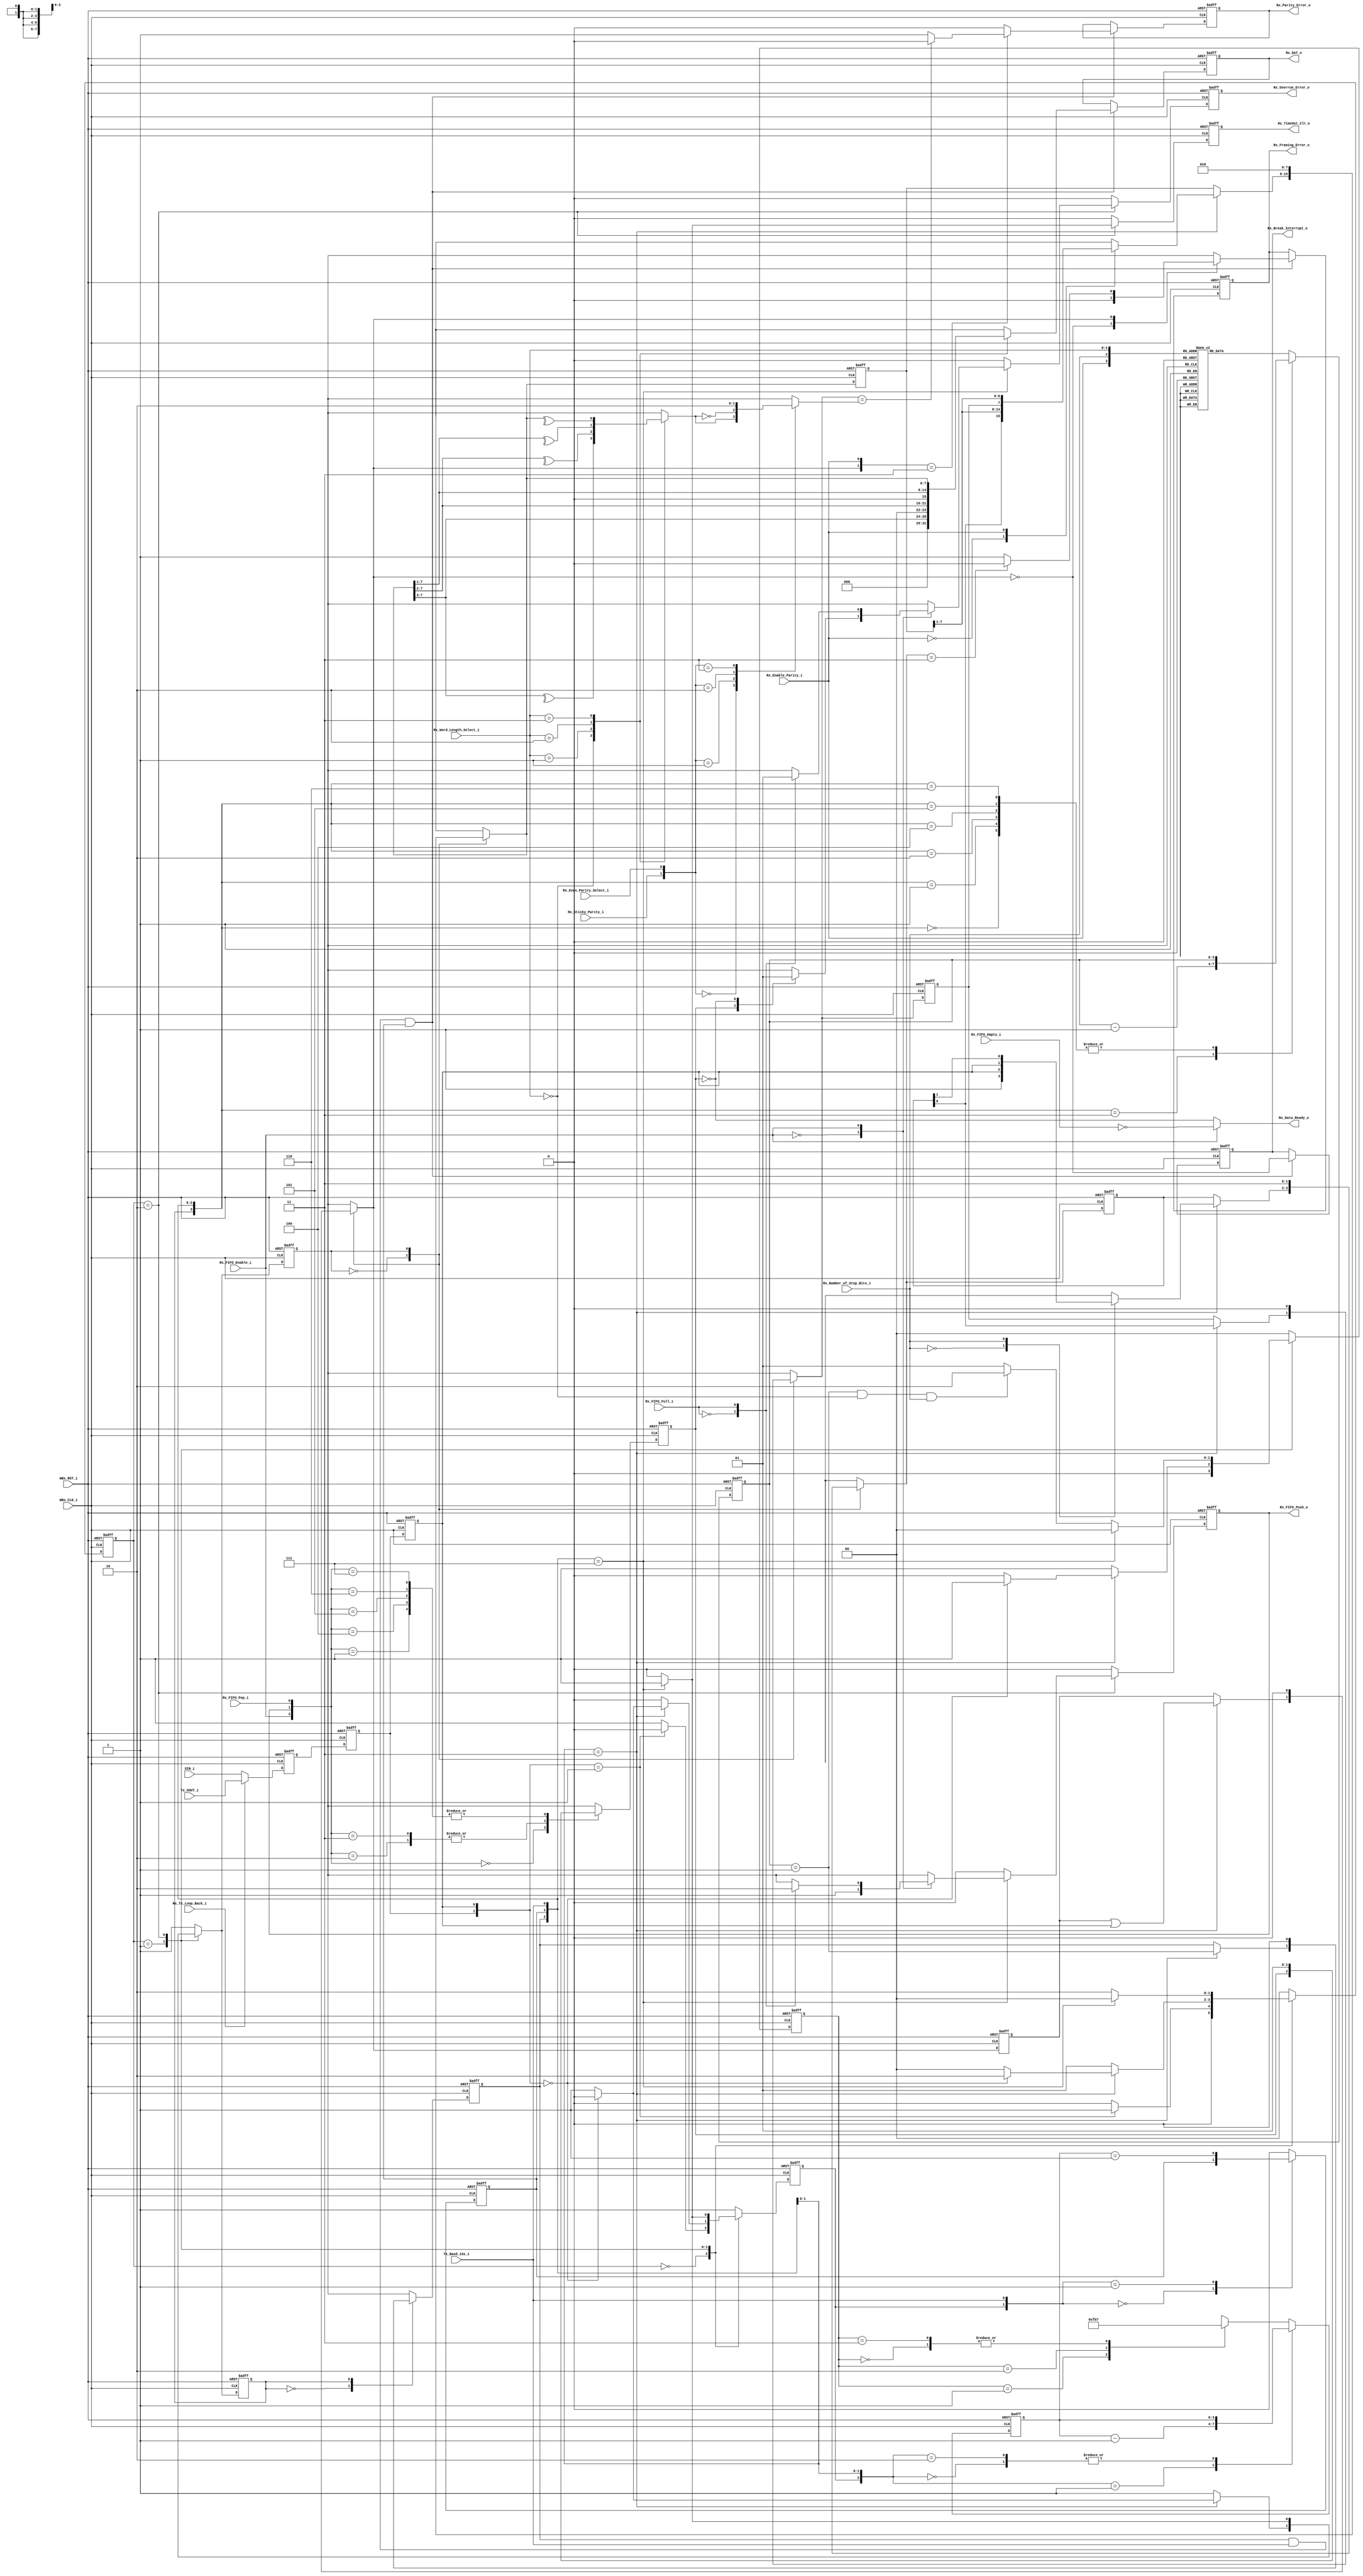
// -----------------------------------------------------------------------------
// title          : UART 16550 Rx Logic Module
// project        : Tamar2 Device
// -----------------------------------------------------------------------------
// company        : QuickLogic Corp
// last update    : 2016/02/22
// platform       : ArcticLink 4 S3B
// standard       : Verilog 2001
// -----------------------------------------------------------------------------
// description: The UART 16550 is designed for use in the fabric of the
//              AL4S3B. The only AL4S3B specific portion are the Rx and Tx
//              FIFOs. The remaining logic is a generic UART based on a single
//              clock network. There are no derived clocks as in some designs.
// -----------------------------------------------------------------------------
// copyright (c) 2016
// -----------------------------------------------------------------------------
// revisions  :
// date            version    author         description
// 2016/02/03      1.0        Glen Gomes     Initial Release
//
// -----------------------------------------------------------------------------
// Comments: This solution is specifically for use with the QuickLogic
//           AL4S3B device. 
// -----------------------------------------------------------------------------
//

`timescale 1ns / 10ps


module UART_16550_Rx_Logic( 


                            WBs_CLK_i,
                            WBs_RST_i,

                            SIN_i,

                            Rx_FIFO_Pop_i,
                            Rx_FIFO_Push_o,
                            Rx_DAT_o,

                            Rx_Data_Ready_o,

                            Rx_FIFO_Enable_i,

                            Rx_Parity_Error_o,
                            Rx_Framing_Error_o,
                            Rx_Break_Interrupt_o,
                            Rx_Overrun_Error_o,
				
				            Rx_FIFO_Empty_i,
				            Rx_FIFO_Full_i,

                            Rx_Word_Length_Select_i,
                            Rx_Number_of_Stop_Bits_i,
                            Rx_Enable_Parity_i,
                            Rx_Even_Parity_Select_i,
                            Rx_Sticky_Parity_i,

                            Rx_Tx_Loop_Back_i,

                            Tx_SOUT_i,
                            Tx_Baud_16x_i,

                            Rx_TimeOut_Clr_o

                            );


//------Port Parameters----------------
//

//
// None at this time
//

//------Port Signals-------------------
//

// Fabric Global Signals
//
input                       WBs_CLK_i;         // Wishbone Fabric Clock
input                       WBs_RST_i;         // Wishbone Fabric Reset


input                       SIN_i;


// Rx FIFO Signals
//
input                       Rx_FIFO_Pop_i;

output                      Rx_FIFO_Push_o;
output               [7:0]  Rx_DAT_o;

output                      Rx_Data_Ready_o;

input                       Rx_FIFO_Enable_i;

output                      Rx_Parity_Error_o;
output                      Rx_Framing_Error_o;
output                      Rx_Break_Interrupt_o;
output                      Rx_Overrun_Error_o;

input                       Rx_FIFO_Empty_i;
input                       Rx_FIFO_Full_i;

input                [1:0]  Rx_Word_Length_Select_i;
input                       Rx_Number_of_Stop_Bits_i;
input                       Rx_Enable_Parity_i;
input                       Rx_Even_Parity_Select_i;
input                       Rx_Sticky_Parity_i;

input                       Rx_Tx_Loop_Back_i;

input                       Tx_SOUT_i;
input                       Tx_Baud_16x_i;

output                      Rx_TimeOut_Clr_o;

// Fabric Global Signals
//
wire                        WBs_CLK_i;         // Wishbone Fabric Clock
wire                        WBs_RST_i;         // Wishbone Fabric Reset


// Serial Input Stream
//
wire                        SIN_i;
reg                         SIN_i_1ff;
reg                         SIN_i_2ff;
reg                         SIN_i_3ff;

// Rx FIFO Signals
//
wire                        Rx_FIFO_Pop_i;

reg                         Rx_FIFO_Push_o;
reg                         Rx_FIFO_Push_o_nxt;

wire                        Rx_Data_Ready_o;

reg                  [7:0]  Rx_DAT_o;               // Rx Holding Register
reg                  [7:0]  Rx_DAT_o_nxt;           // Rx Holding Register

wire                        Rx_FIFO_Enable_i;

reg                         Rx_Parity_Error_o;
reg                         Rx_Parity_Error_o_nxt;

reg                         Rx_Framing_Error_o;
reg                         Rx_Framing_Error_o_nxt;

reg                         Rx_Break_Interrupt_o;

reg                         Rx_Overrun_Error_o;
reg                         Rx_Overrun_Error_o_nxt;


// Count of FIFO contents
//
wire                        Rx_FIFO_Empty_i;
wire                        Rx_FIFO_Full_i;


// Rx Control Signals
//
wire                 [1:0]  Rx_Word_Length_Select_i;
wire                        Rx_Number_of_Stop_Bits_i;
wire                        Rx_Enable_Parity_i;
wire                        Rx_Even_Parity_Select_i;
wire                        Rx_Sticky_Parity_i;

wire                        Rx_Tx_Loop_Back_i;

wire                        Tx_SOUT_i;
wire                        Tx_Baud_16x_i;

reg                         Rx_TimeOut_Clr_o;
reg                         Rx_TimeOut_Clr_o_nxt;


//------Define Parameters--------------
//

parameter                   RX_STATE_WIDTH     = 2;

parameter                   RX_STATE_IDLE      = 0;
parameter                   RX_STATE_START     = 1;
parameter                   RX_STATE_TRANSFER  = 2;


//------Internal Signals---------------
//

reg                  [3:0]  Rx_Bit_Time_cntr;
reg                  [3:0]  Rx_Bit_Time_cntr_nxt;

reg                         Rx_Bit_Time_cntr_tc;
reg                         Rx_Bit_Time_cntr_tc_nxt;

reg                         Rx_Bit_Time_cntr_ld;
reg                         Rx_Bit_Time_cntr_ld_nxt;

reg                  [1:0]  Rx_Bit_Time_cntr_sel;
reg                  [1:0]  Rx_Bit_Time_cntr_sel_nxt;

reg                  [3:0]  Rx_Xfr_Length_cntr;
reg                  [3:0]  Rx_Xfr_Length_cntr_nxt;

reg                         Rx_Xfr_Length_cntr_tc;
reg                         Rx_Xfr_Length_cntr_tc_nxt;

reg                         Rx_Xfr_Length_cntr_ld;
reg                         Rx_Xfr_Length_cntr_ld_nxt;

reg                         Rx_Shift_Reg_ld;
reg                         Rx_Shift_Reg_ld_nxt;

reg                         Rx_Parity_Odd;
reg                         Rx_Parity;

reg   [RX_STATE_WIDTH-1:0]  Rx_State;
reg   [RX_STATE_WIDTH-1:0]  Rx_State_nxt;

reg                         Rx_Holding_Reg_Empty;
reg                         Rx_Holding_Reg_Empty_nxt;

reg                         Rx_Break_Detect_N;
reg                         Rx_Break_Detect_N_nxt;

reg                  [7:0]  Rx_Shift_Dat;
reg                  [7:0]  Rx_Shift_Dat_nxt;

reg                         Rx_Shift_Parity;
reg                         Rx_Shift_Parity_nxt;

reg                  [1:0]  Rx_Shift_Stop;
reg                  [1:0]  Rx_Shift_Stop_nxt;


//------Logic Operations---------------
//

// Choose between the external Rx and the internal Tx output
//
assign Rx_SIN = Rx_Tx_Loop_Back_i ? Tx_SOUT_i : SIN_i;


// Define the Fabric's Local Registers
//

always @( posedge WBs_CLK_i or posedge WBs_RST_i)
begin
    if (WBs_RST_i)
    begin

        Rx_FIFO_Push_o           <=  1'b0;

        Rx_State                 <= RX_STATE_IDLE;

        Rx_Bit_Time_cntr         <=  4'h0;
        Rx_Bit_Time_cntr_tc      <=  1'b1;
        Rx_Bit_Time_cntr_ld      <=  1'b1;
        Rx_Bit_Time_cntr_sel     <=  2'h0;

		Rx_Xfr_Length_cntr       <=  4'h0;
		Rx_Xfr_Length_cntr_tc    <=  1'b0;
		Rx_Xfr_Length_cntr_ld    <=  1'b0;

        SIN_i_1ff                <=  1'b0;
        SIN_i_2ff                <=  1'b0;
        SIN_i_3ff                <=  1'b0;

        Rx_DAT_o                 <=  8'h0;
        Rx_Holding_Reg_Empty     <=  1'b1;

        Rx_Shift_Reg_ld          <=  1'b1;

        Rx_Shift_Dat             <=  8'h0;
        Rx_Shift_Parity          <=  1'b0;
        Rx_Shift_Stop            <=  2'h0;

        Rx_Parity_Error_o        <=  1'b0;
        Rx_Framing_Error_o       <=  1'b0;
        Rx_Break_Interrupt_o     <=  1'b0;
        Rx_Overrun_Error_o       <=  1'b0;

        Rx_Break_Detect_N        <=  1'b0;

        Rx_TimeOut_Clr_o         <=  1'b0;

    end  
    else
    begin

        Rx_FIFO_Push_o           <=  Rx_FIFO_Push_o_nxt         ;

        Rx_State                 <=  Rx_State_nxt               ;

        Rx_Bit_Time_cntr         <=  Rx_Bit_Time_cntr_nxt       ;
        Rx_Bit_Time_cntr_tc      <=  Rx_Bit_Time_cntr_tc_nxt    ;
        Rx_Bit_Time_cntr_ld      <=  Rx_Bit_Time_cntr_ld_nxt    ;
        Rx_Bit_Time_cntr_sel     <=  Rx_Bit_Time_cntr_sel_nxt   ;

		Rx_Xfr_Length_cntr       <=  Rx_Xfr_Length_cntr_nxt     ;
		Rx_Xfr_Length_cntr_tc    <=  Rx_Xfr_Length_cntr_tc_nxt  ;
		Rx_Xfr_Length_cntr_ld    <=  Rx_Xfr_Length_cntr_ld_nxt  ;

        SIN_i_1ff                <=  Rx_SIN                     ;
        SIN_i_2ff                <=  SIN_i_1ff                  ;
        SIN_i_3ff                <=  SIN_i_2ff                  ;

        if ( Rx_Xfr_Length_cntr_tc && Tx_Baud_16x_i && Rx_Bit_Time_cntr_tc )
        begin
            Rx_DAT_o             <=  Rx_DAT_o_nxt               ;
            Rx_Parity_Error_o    <=  Rx_Parity_Error_o_nxt      ;
            Rx_Framing_Error_o   <=  Rx_Framing_Error_o_nxt     ;
            Rx_Break_Interrupt_o <= ~Rx_Break_Detect_N_nxt      ;
        end

        Rx_Overrun_Error_o       <=  Rx_Overrun_Error_o_nxt     ;

        Rx_Holding_Reg_Empty     <=  Rx_Holding_Reg_Empty_nxt   ;

        Rx_Break_Detect_N        <=  Rx_Break_Detect_N_nxt      ;

        Rx_Shift_Reg_ld          <=  Rx_Shift_Reg_ld_nxt        ;

        Rx_Shift_Dat             <=  Rx_Shift_Dat_nxt           ;
        Rx_Shift_Parity          <=  Rx_Shift_Parity_nxt        ;
        Rx_Shift_Stop            <=  Rx_Shift_Stop_nxt          ;

        Rx_TimeOut_Clr_o         <=  Rx_TimeOut_Clr_o_nxt       ;
    end  
end


// Select the Empty Flag to use
//
// Note: For FIFO operations, the FIFO Empty Flag is used. This is subject to flushing.
//       For non-FIFO operations, the Holding Register is tracked. It is not
//       subject to FIFO Flushing operations.
//
assign Rx_Data_Ready_o = Rx_FIFO_Enable_i ? ~Rx_FIFO_Empty_i : ~Rx_Holding_Reg_Empty;


// Determine the state of the Rx Holding Register
//
always @( Rx_FIFO_Push_o         or
          Rx_FIFO_Pop_i          or
          Rx_FIFO_Enable_i       or
		  Rx_Holding_Reg_Empty   or
		  Rx_FIFO_Empty_i
        )
begin
    case(  {Rx_FIFO_Enable_i, Rx_FIFO_Push_o, Rx_FIFO_Pop_i})
    3'b000: Rx_Holding_Reg_Empty_nxt <= Rx_Holding_Reg_Empty ;
    3'b001: Rx_Holding_Reg_Empty_nxt <= 1'b1                 ;
    3'b010: Rx_Holding_Reg_Empty_nxt <= 1'b0                 ;
    3'b011: Rx_Holding_Reg_Empty_nxt <= 1'b0                 ;
    3'b100: Rx_Holding_Reg_Empty_nxt <= 1'b1                 ;
    3'b101: Rx_Holding_Reg_Empty_nxt <= 1'b1                 ;
    3'b110: Rx_Holding_Reg_Empty_nxt <= 1'b1                 ;
    3'b111: Rx_Holding_Reg_Empty_nxt <= 1'b1                 ;
    endcase
end


// Determine the Bit Time Counter
//
// Note: This counter determines the length of time for each bit in the serial 
//       stream. This is done by counting number of Baud_16x periods.
//
//       Start  - 16 Baud_16x periods
//       Data   - 16 Baud_16x periods per bit
//       Parity - 16 Baud_16x periods        
//       Stop   - 16 Baud_16x periods per bit  
//
always @(Rx_Bit_Time_cntr        or
         Rx_Bit_Time_cntr_tc     or
         Rx_Bit_Time_cntr_ld     or
         Rx_Bit_Time_cntr_sel    or
         Tx_Baud_16x_i         
         )
begin
    case(  { Rx_Bit_Time_cntr_ld,     Rx_Bit_Time_cntr_tc, Tx_Baud_16x_i} )
    3'b000:  Rx_Bit_Time_cntr_nxt <=  Rx_Bit_Time_cntr       ; // Hold
    3'b001:  Rx_Bit_Time_cntr_nxt <=  Rx_Bit_Time_cntr - 1'b1; // Count down until the terminal count
    3'b010:  Rx_Bit_Time_cntr_nxt <=  Rx_Bit_Time_cntr       ; // Hold
    default: 
    begin
        case(  Rx_Bit_Time_cntr_sel )
        2'h0: Rx_Bit_Time_cntr_nxt <=  4'h7                   ; // Load on the terminal count - Sync to Start
        2'h1: Rx_Bit_Time_cntr_nxt <=  4'hF                   ; // Load on the terminal count - Full Bit Time
        2'h2: Rx_Bit_Time_cntr_nxt <=  4'hB                   ; // Load on the terminal count - 0.75  Bit Time (Support for 1.5 Stop Bits)
        2'h3: Rx_Bit_Time_cntr_nxt <=  4'h7                   ; // Load on the terminal count - Sync to Start
        endcase
    end
    endcase
end


// Determine the Bit Time counter's terminal count
//
always @(Rx_Bit_Time_cntr        or
         Rx_Bit_Time_cntr_tc     or
         Rx_Bit_Time_cntr_ld     or
         Tx_Baud_16x_i
         )
begin
    case(   {Rx_Bit_Time_cntr_ld,        Tx_Baud_16x_i} )
    2'b00:   Rx_Bit_Time_cntr_tc_nxt <=  Rx_Bit_Time_cntr_tc        ; // Hold
    2'b01:   Rx_Bit_Time_cntr_tc_nxt <= (Rx_Bit_Time_cntr ==  4'h1) ; // Check count down for terminal count
    default: Rx_Bit_Time_cntr_tc_nxt <=  1'b0                       ; // The terminal count is "0" during loads
    endcase
end


// Determine the Transfer Length Counter
//
// Note: This counter counts the number of bits that will be transferred in 
//       the serial stream.
//
//  Rx_Word_Length_Select_i[1:0]   Rx_Number_of_Stop_Bits_i;
//              ANY                          1'b0 : 1
//          2'b00 : 5 bits                   1'b1 : 1.5
//          2'b01 : 6 bits                   1'b1 : 2
//          2'b10 : 7 bits                   1'b1 : 2
//          2'b11 : 8 bits                   1'b1 : 2
//

always @(Rx_Xfr_Length_cntr         or
         Rx_Xfr_Length_cntr_tc      or
         Rx_Xfr_Length_cntr_ld      or

         Tx_Baud_16x_i              or
         Rx_Bit_Time_cntr_tc        or

         Rx_Enable_Parity_i         or
		 Rx_Number_of_Stop_Bits_i   or
		 Rx_Word_Length_Select_i
         )
begin
    case(       {Rx_Xfr_Length_cntr_ld,     Rx_Xfr_Length_cntr_tc, Rx_Bit_Time_cntr_tc, Tx_Baud_16x_i} )
    4'b0000:     Rx_Xfr_Length_cntr_nxt <=  Rx_Xfr_Length_cntr        ; // Hold
    4'b0001:     Rx_Xfr_Length_cntr_nxt <=  Rx_Xfr_Length_cntr        ; // Hold
    4'b0010:     Rx_Xfr_Length_cntr_nxt <=  Rx_Xfr_Length_cntr        ; // Hold
    4'b0011:     Rx_Xfr_Length_cntr_nxt <=  Rx_Xfr_Length_cntr - 1'b1 ; // Count down until the terminal count
    4'b0100:     Rx_Xfr_Length_cntr_nxt <=  Rx_Xfr_Length_cntr        ; // Hold
    4'b0101:     Rx_Xfr_Length_cntr_nxt <=  Rx_Xfr_Length_cntr        ; // Hold
    4'b0110:     Rx_Xfr_Length_cntr_nxt <=  Rx_Xfr_Length_cntr        ; // Hold
    default:
    begin
        case (  {Rx_Enable_Parity_i,  Rx_Number_of_Stop_Bits_i, Rx_Word_Length_Select_i})
        4'b0000: Rx_Xfr_Length_cntr_nxt <=  4'h5                      ; // Start, 5 bits,         Stop bits -> 1
        4'b0001: Rx_Xfr_Length_cntr_nxt <=  4'h6                      ; // Start, 6 bits,         Stop bits -> 1
        4'b0010: Rx_Xfr_Length_cntr_nxt <=  4'h7                      ; // Start, 7 bits,         Stop bits -> 1
        4'b0011: Rx_Xfr_Length_cntr_nxt <=  4'h8                      ; // Start, 8 bits,         Stop bits -> 1

        4'b0100: Rx_Xfr_Length_cntr_nxt <=  4'h6                      ; // Start, 5 bits,         Stop bits -> 2 (Allowed)
        4'b0101: Rx_Xfr_Length_cntr_nxt <=  4'h7                      ; // Start, 6 bits,         Stop bits -> 2
        4'b0110: Rx_Xfr_Length_cntr_nxt <=  4'h8                      ; // Start, 7 bits,         Stop bits -> 2
        4'b0111: Rx_Xfr_Length_cntr_nxt <=  4'h9                      ; // Start, 8 bits,         Stop bits -> 2

        4'b1000: Rx_Xfr_Length_cntr_nxt <=  4'h6                      ; // Start, 5 bits, Parity  Stop bits -> 1
        4'b1001: Rx_Xfr_Length_cntr_nxt <=  4'h7                      ; // Start, 6 bits, Parity  Stop bits -> 1
        4'b1010: Rx_Xfr_Length_cntr_nxt <=  4'h8                      ; // Start, 7 bits, Parity  Stop bits -> 1
        4'b1011: Rx_Xfr_Length_cntr_nxt <=  4'h9                      ; // Start, 8 bits, Parity  Stop bits -> 1

        4'b1100: Rx_Xfr_Length_cntr_nxt <=  4'h7                      ; // Start, 5 bits, Parity, Stop bits -> 2 (Allowed)
        4'b1101: Rx_Xfr_Length_cntr_nxt <=  4'h8                      ; // Start, 6 bits, Parity, Stop bits -> 2
        4'b1110: Rx_Xfr_Length_cntr_nxt <=  4'h9                      ; // Start, 7 bits, Parity, Stop bits -> 2
        4'b1111: Rx_Xfr_Length_cntr_nxt <=  4'hA                      ; // Start, 8 bits, Parity, Stop bits -> 2
        endcase
    end
    endcase
end


// Determine the Transfer Length counter's terminal count
//
always @(Rx_Xfr_Length_cntr        or
         Rx_Xfr_Length_cntr_tc     or
         Rx_Xfr_Length_cntr_ld     or

         Tx_Baud_16x_i             or
         Rx_Bit_Time_cntr_tc
         )
begin
    case( Rx_Xfr_Length_cntr_ld) 
	1'b0:
    begin
        case(  { Rx_Bit_Time_cntr_tc,          Tx_Baud_16x_i } )
        2'b11:   Rx_Xfr_Length_cntr_tc_nxt <= (Rx_Xfr_Length_cntr ==  4'h1) ; // Check count down for terminal count
        default: Rx_Xfr_Length_cntr_tc_nxt <=  Rx_Xfr_Length_cntr_tc        ; // Hold
        endcase
     end
    1'b1:        Rx_Xfr_Length_cntr_tc_nxt <=  1'b0                         ; // The terminal count is "0" during loads
    endcase
end


// Shift input serial data bit into the Rx Data Shift Register
//
//
always @(Rx_Shift_Reg_ld          or
		 Rx_Shift_Dat             or

         Tx_Baud_16x_i            or
         Rx_Bit_Time_cntr_tc      or

         Rx_Shift_Parity          or
         Rx_Shift_Stop            or

         Rx_Enable_Parity_i
         )
begin

    case( Rx_Shift_Reg_ld ) 
    1'b0:
    begin
        case (   { Rx_Bit_Time_cntr_tc,  Tx_Baud_16x_i } )
        2'b11:                                                                  // Shift to LSB
        begin
            case ( Rx_Enable_Parity_i)
            1'b0:  Rx_Shift_Dat_nxt <= { Rx_Shift_Stop[0], Rx_Shift_Dat[7:1] };
            1'b1:  Rx_Shift_Dat_nxt <= { Rx_Shift_Parity , Rx_Shift_Dat[7:1] };
            endcase
        end
        default:   Rx_Shift_Dat_nxt <=   Rx_Shift_Dat                         ; // Hold
        endcase
	end
    1'b1:          Rx_Shift_Dat_nxt <=   8'h0                                 ; // Clear
    endcase
end


// Determine Rx Holding Register Value
//
// Note: The bits used for the output data will vary due to data field length
//
always @(Rx_Word_Length_Select_i or
         Rx_Shift_Dat_nxt
        )
begin
    case (Rx_Word_Length_Select_i)
    2'b00: Rx_DAT_o_nxt <= {3'h0, Rx_Shift_Dat_nxt[7:3]};
    2'b01: Rx_DAT_o_nxt <= {2'h0, Rx_Shift_Dat_nxt[7:2]};
    2'b10: Rx_DAT_o_nxt <= {1'b0, Rx_Shift_Dat_nxt[7:1]};
    2'b11: Rx_DAT_o_nxt <=        Rx_Shift_Dat_nxt[7:0] ;
    endcase
end


// Shift input serial data bit into the Rx Parity Bit Shift Register
//
// Note: When Parity is disabled, the Parity bit is not used for shift operations.
// 
always @(Rx_Shift_Reg_ld          or
		 Rx_Shift_Parity          or

         Tx_Baud_16x_i            or
         Rx_Bit_Time_cntr_tc      or

         Rx_Shift_Stop
         )
begin

    case( Rx_Shift_Reg_ld )
    1'b0:
    begin
        case(  { Rx_Bit_Time_cntr_tc,    Tx_Baud_16x_i} )
        2'b11:   Rx_Shift_Parity_nxt <=  Rx_Shift_Stop[0] ; // Start, 5 bits, Parity  Stop bits -> 1
        default: Rx_Shift_Parity_nxt <=  Rx_Shift_Parity  ; // Hold
        endcase
    end
    1'b1:        Rx_Shift_Parity_nxt <=  1'b0             ; // Clear
    endcase
end


// Determine the Expected Odd Parity
//
// Note: The bits used for the parity calculation will vary due to data field length
//
always @(Rx_Shift_Dat_nxt         or
         Rx_Word_Length_Select_i
         )
begin

    case(  Rx_Word_Length_Select_i )
    2'b00: Rx_Parity_Odd <=  ^Rx_Shift_Dat_nxt[7:3];
    2'b01: Rx_Parity_Odd <=  ^Rx_Shift_Dat_nxt[7:2];
    2'b10: Rx_Parity_Odd <=  ^Rx_Shift_Dat_nxt[7:1];
    2'b11: Rx_Parity_Odd <=  ^Rx_Shift_Dat_nxt[7:0];
    endcase

end


// Determine the Final Expected Parity
//
//        Rx_Sticky_Parity_i Rx_Even_Parity_Select_i  Rx_Enable_Parity_i
//
//              X                    X                     0                 No    Parity
//              0                    0                     1                 Odd   Parity
//              0                    1                     1                 Even  Parity
//              1                    0                     1                 Force Parity "1"
//              1                    1                     1                 Force Parity "0"
//
// Note: The Parity bit below is not used for "No Parity" operations
//
always @( Rx_Even_Parity_Select_i or
          Rx_Sticky_Parity_i      or
          Rx_Parity_Odd
         )
begin
    case({Rx_Sticky_Parity_i, Rx_Even_Parity_Select_i})
    2'b00: Rx_Parity <=  Rx_Parity_Odd ;
    2'b01: Rx_Parity <= ~Rx_Parity_Odd ;
    2'b10: Rx_Parity <=  1'b1          ;
    2'b11: Rx_Parity <=  1'b0          ;
    endcase
end


// Determine if there is a Parity Error
//
always @(Rx_Shift_Parity_nxt       or
         Rx_Enable_Parity_i        or
	     Rx_Break_Detect_N_nxt     or
         Rx_Parity
         )
begin
    case( {Rx_Break_Detect_N_nxt, Rx_Enable_Parity_i})
    2'b11:    Rx_Parity_Error_o_nxt <= (Rx_Shift_Parity_nxt == Rx_Parity) ? 1'b0 : 1'b1; // Compare Parity bits
	default:  Rx_Parity_Error_o_nxt <=  1'b0                                           ; // Parity Disabled or "Break" Condition
    endcase
end


// Shift the input serial stream into the Rx Stop Bit(s) Shift Register
//
//
always @(Rx_Shift_Reg_ld          or
		 Rx_Shift_Stop            or

         Tx_Baud_16x_i            or
         Rx_Bit_Time_cntr_tc      or

         SIN_i_3ff                or

         Rx_Number_of_Stop_Bits_i
         )
begin

    case( Rx_Shift_Reg_ld )
    1'b0:
    begin
        case( { Rx_Bit_Time_cntr_tc, Tx_Baud_16x_i } )
        2'b11:                                                                 // Shift to LSB
        begin
            case ( Rx_Number_of_Stop_Bits_i )
            1'b0:  Rx_Shift_Stop_nxt <= { 1'b1, SIN_i_3ff                   }; // Stop bits -> 1
            1'b1:  Rx_Shift_Stop_nxt <= {       SIN_i_3ff, Rx_Shift_Stop[1] }; // Stop bits -> 1.5 or 2
            endcase
        end
        default:   Rx_Shift_Stop_nxt <=  Rx_Shift_Stop                       ; // Hold
        endcase
    end  
    1'b1:          Rx_Shift_Stop_nxt <=  2'b11                               ; // Clear the Stop Bits
    endcase
end



// Detemine if there is a Framing Error
//
always @(Rx_Shift_Stop_nxt        or
         Rx_Break_Detect_N_nxt
         )
begin
	case(Rx_Break_Detect_N_nxt)
    1'b0:  Rx_Framing_Error_o_nxt <=  1'b0                                    ; // "Break" Condition
    1'b1:  Rx_Framing_Error_o_nxt <=  Rx_Shift_Stop_nxt == 2'b11 ? 1'b0 : 1'b1; //  Check the Stop bits for framing errors
    endcase
end


// Detemine if there is a "Break" condition
//
// Note: A "Break" condition is "0" in each bit location
//
always @(Rx_Shift_Reg_ld          or

         Tx_Baud_16x_i            or
         Rx_Bit_Time_cntr_tc      or

         SIN_i_3ff                or

		 Rx_Break_Detect_N 

         )
begin
    case( Rx_Shift_Reg_ld )
    1'b0:
    begin
        case(  { Rx_Bit_Time_cntr_tc,    Tx_Baud_16x_i} )
        2'b11:   Rx_Break_Detect_N_nxt  <= Rx_Break_Detect_N | SIN_i_3ff ; // Determine if there has been a "1" in the serial stream
        default: Rx_Break_Detect_N_nxt  <= Rx_Break_Detect_N             ; // Hold the current value
        endcase
    end
    1'b1:        Rx_Break_Detect_N_nxt  <= 1'b0                          ; // Clear the seral stream "Break" detect bit
    endcase
end


// Define the Rx Statemachine
//
always @(Rx_State                 or
         Tx_Baud_16x_i            or
         Rx_Bit_Time_cntr_tc      or
	     Rx_Xfr_Length_cntr_tc    or
	     Rx_Xfr_Length_cntr       or
         Rx_Number_of_Stop_Bits_i or
		 Rx_Word_Length_Select_i  or
         Rx_FIFO_Full_i           or
         Rx_FIFO_Enable_i         or
         Rx_Holding_Reg_Empty     or
         SIN_i_2ff                or
         SIN_i_3ff             
        )
begin
    case(Rx_State)
    RX_STATE_IDLE:
    begin
        Rx_FIFO_Push_o_nxt                <=  1'b0;             // Waiting for end of the transfer

        Rx_Bit_Time_cntr_sel_nxt          <=  2'h0;             // Select the "Start" Re-sync period

        Rx_Xfr_Length_cntr_ld_nxt         <=  1'b1;             // Waiting for the start of transfer
        Rx_Shift_Reg_ld_nxt               <=  1'b1;             // Waiting for the start of transfer

        Rx_Overrun_Error_o_nxt            <=  1'b0;             // No Overrun prior to the current transfer

        Rx_TimeOut_Clr_o_nxt              <=  1'b0;             // Waiting for a serial transfer

        case( { SIN_i_2ff, SIN_i_3ff } )
		2'b01:
        begin
            Rx_State_nxt                  <= RX_STATE_START;    // Begin Transfer with Re-sync operation

            Rx_Bit_Time_cntr_ld_nxt       <=  1'b0;             // Begin counting the bit time interval
        end
        default:  // Wait for "Start" bit
        begin
            Rx_State_nxt                  <= RX_STATE_IDLE;     // Wait for the begining of the serial stream

			Rx_Bit_Time_cntr_ld_nxt       <=  1'b1;             // Load the intial period value prior to the start of the serial stream
        end
        endcase
    end
    RX_STATE_START:  // Re-sync operation
    begin
        Rx_FIFO_Push_o_nxt                <=  1'b0;             // Waiting for the end of transfer

        Rx_Overrun_Error_o_nxt            <=  1'b0;             // No Overrun prior to the current transfer

        Rx_TimeOut_Clr_o_nxt              <=  1'b0;             // Waiting for a serial transfer

        case( {Rx_Bit_Time_cntr_tc, Tx_Baud_16x_i} )
		2'b11:
        begin
            case( {SIN_i_2ff, SIN_i_3ff} )
            2'b00:     // Valid "Start" operation
            begin
                Rx_State_nxt              <= RX_STATE_TRANSFER;

                Rx_Bit_Time_cntr_ld_nxt   <=  1'b0;             // Continue counting the bit interval
                Rx_Bit_Time_cntr_sel_nxt  <=  2'h1;             // Select the full bit time interval for the next count

                Rx_Xfr_Length_cntr_ld_nxt <=  1'b0;             // First valid data period; Start counting bits
                Rx_Shift_Reg_ld_nxt       <=  1'b0;             // First valid data period; Start load and shift
            end
            default:   // False "Start" Detection
            begin
                Rx_State_nxt              <= RX_STATE_IDLE;

			    Rx_Bit_Time_cntr_ld_nxt   <=  1'b1;             // Load the intial period value prior to the start of the serial stream
                Rx_Bit_Time_cntr_sel_nxt  <=  2'h0;             // Select the "Start" Re-sync period

                Rx_Xfr_Length_cntr_ld_nxt <=  1'b1;             // First valid data period; Start counting bits
                Rx_Shift_Reg_ld_nxt       <=  1'b1;             // First valid data period; Start load and shift
            end
            endcase
        end
        default:
        begin
            Rx_State_nxt                  <= RX_STATE_START;

            Rx_Bit_Time_cntr_ld_nxt       <=  1'b0;             // Continue counting the bit interval
            Rx_Bit_Time_cntr_sel_nxt      <=  2'h1;             // Select the full bit time interval for the next count

            Rx_Xfr_Length_cntr_ld_nxt     <=  1'b1;             // Waiting for the first valid data period
            Rx_Shift_Reg_ld_nxt           <=  1'b1;             // Waiting for the first valid data period
        end
        endcase
    end
    RX_STATE_TRANSFER:
    begin

	    case({Rx_Xfr_Length_cntr_tc, Rx_Bit_Time_cntr_tc, Tx_Baud_16x_i } )
        3'b111:       // Transfer has completed, return to Idle and wait for the next Re-Sync condition
        begin
            Rx_State_nxt                  <= RX_STATE_IDLE;     // Wait for the next serial stream

            Rx_Bit_Time_cntr_ld_nxt       <=  1'b1;             // Load the selected bit time intervalue value
            Rx_Bit_Time_cntr_sel_nxt      <=  2'h0;             // Select the "Start" bit time interval for the next count

            Rx_Xfr_Length_cntr_ld_nxt     <=  1'b1;             // Re-load the expected serial stream length
            Rx_Shift_Reg_ld_nxt           <=  1'b1;             // Hold the current Shift Register values

            Rx_TimeOut_Clr_o_nxt          <=  1'b1;             // Last Stop Bit found -> Clear the Timeout Counter

            // Determine if an overflow happend
            //
            // Note: This can happen in both Non-FIFO, and FIFO modes
            //
            case( Rx_FIFO_Enable_i)
            1'b0: 
            begin
                Rx_FIFO_Push_o_nxt            <=  1'b1;         // The Rx Holding Register is updated regardless

                case( Rx_Holding_Reg_Empty )
                1'b1: Rx_Overrun_Error_o_nxt  <=  1'b0;         // No Overrun detected  
			    1'b0: Rx_Overrun_Error_o_nxt  <=  1'b1;         // An Overrun was detected
                endcase
            end
            1'b1: 
            begin
                case( Rx_FIFO_Full_i )
                1'b0:
                begin
                    Rx_FIFO_Push_o_nxt        <=  1'b1;         // The FIFO is not full; therefore, write the new value
			        Rx_Overrun_Error_o_nxt    <=  1'b0;         // No Overrun detected  

                end
			    1'b1: 
                begin
                    Rx_FIFO_Push_o_nxt        <=  1'b0;         // The FIFO is full; therefore, do not write
			        Rx_Overrun_Error_o_nxt    <=  1'b1;         // An Overrun was detected
                end
                endcase
            end
            endcase
        end  
        default:       // Continue to transfer bits
        begin
            Rx_FIFO_Push_o_nxt            <=  1'b0;             // Wait for the end of the transfer to store the final values

            Rx_State_nxt                  <= RX_STATE_TRANSFER; // Continue receiving the serial stream
 
            // Support 1.5 stop bits by waiting only 0.75 of a bit time rather than 1.00
            //
			if ( (Rx_Xfr_Length_cntr       == 4'h1 )  && 
		         (Rx_Word_Length_Select_i  == 2'b00)  &&
                  Rx_Number_of_Stop_Bits_i           
		       )     
                Rx_Bit_Time_cntr_sel_nxt  <=  2'h2;             // Select the 0.75 bit time interval for the next count
            else
                Rx_Bit_Time_cntr_sel_nxt  <=  2'h1;             // Select the full bit time interval for the next count

            Rx_Bit_Time_cntr_ld_nxt       <=  1'b0;             // Continue to count bit times

            Rx_Xfr_Length_cntr_ld_nxt     <=  1'b0;             // Continue to count bits
            Rx_Shift_Reg_ld_nxt           <=  1'b0;             // Continue to load and shift

			Rx_Overrun_Error_o_nxt        <=  1'b0;             // No Overrun detection until the end of transfer

            Rx_TimeOut_Clr_o_nxt          <=  1'b0;             // Wait for the last Stop Bit
        end
        endcase

    end
    default:
    begin
		Rx_FIFO_Push_o_nxt                <=  1'b0;             // Pushes only happend at the end of transfers

        Rx_State_nxt                      <= RX_STATE_IDLE;     // Waiting for the start of a serial stream

        Rx_Bit_Time_cntr_ld_nxt           <=  1'b1;             // Bit Time counter loading with the initial interval value
        Rx_Bit_Time_cntr_sel_nxt          <=  2'h0;             // Bit Time counter interval for "Start" re-synch operation

        Rx_Xfr_Length_cntr_ld_nxt         <=  1'b1;             // Rx Transfer length counter loading with the expected serial stream length
        Rx_Shift_Reg_ld_nxt               <=  1'b1;             // Rx Shift register 

        Rx_Overrun_Error_o_nxt            <=  1'b0;             // No Overrun detection between transfers

        Rx_TimeOut_Clr_o_nxt              <=  1'b0;             // Wait for the last Stop Bit
    end
    endcase
end

endmodule